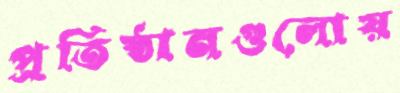
প্রতিষ্ঠানগুলোয়